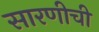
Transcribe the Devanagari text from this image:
सारणीची